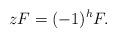
LaTeX: \begin{align*}zF=(-1)^h F.\end{align*}